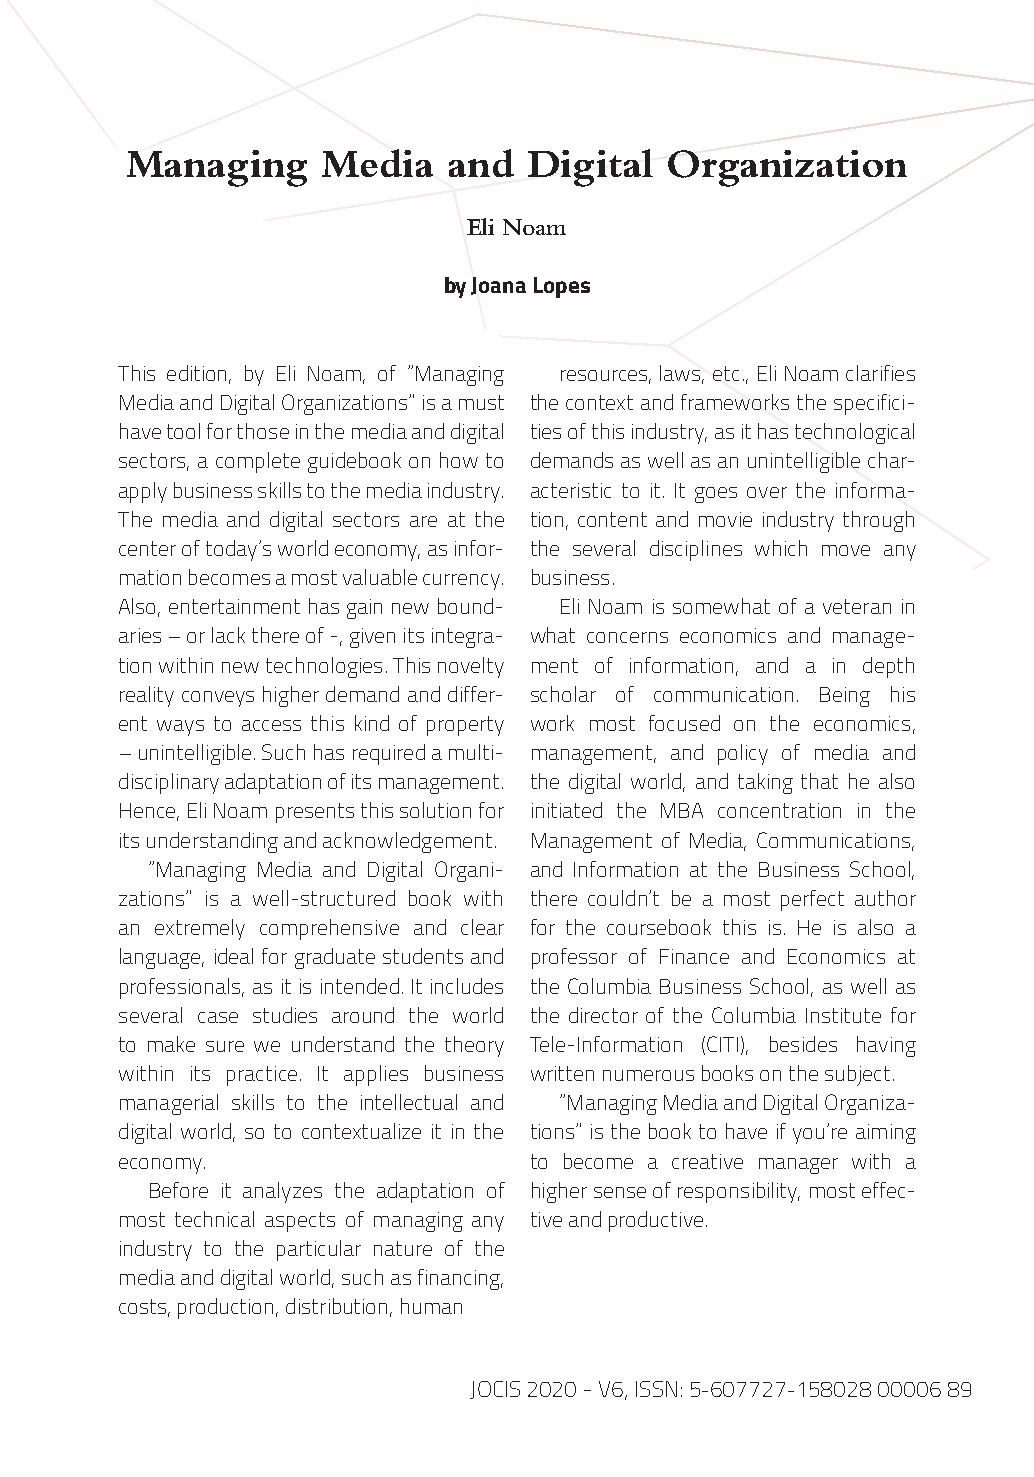
Managing     Media    and  Digital  Organization
 Eli Noam
 by Joana Lopes
 This edition, by Eli Noam, of “Managing resources, laws, etc., Eli Noam clarifies
 Media and Digital Organizations” is a must the context and frameworks the specifici-
 have tool for those in the media and digital ties of this industry, as it has technological
 sectors, a complete guidebook on how to demands as well as an unintelligible char-
 apply business skills to the media industry. acteristic to it. It goes over the informa-
 The media and digital sectors are at the tion, content and movie industry through
 center of today’s world economy, as infor- the several disciplines which move any
 mation becomes a most valuable currency. business.
 Also, entertainment has gain new bound- Eli Noam is somewhat of a veteran in
 aries – or lack there of -, given its integra- what concerns economics and manage-
 tion within new technologies. This novelty ment of information, and a in depth
 reality conveys higher demand and differ- scholar of communication. Being his
 ent ways to access this kind of property work most focused on the economics,
 – unintelligible. Such has required a multi- management, and policy of media and
 disciplinary adaptation of its management. the digital world, and taking that he also
 Hence, Eli Noam presents this solution for initiated the MBA concentration in the
 its understanding and acknowledgement. Management of Media, Communications,
 “Managing Media and Digital Organi- and Information at the Business School,
 zations” is a well-structured book with there couldn’t be a most perfect author
 an extremely comprehensive and clear for the coursebook this is. He is also a
 language, ideal for graduate students and professor of Finance and Economics at
 professionals, as it is intended. It includes the Columbia Business School, as well as
 several case studies around the world the director of the Columbia Institute for
 to make sure we understand the theory Tele-Information (CITI), besides having
 within its practice. It applies business written numerous books on the subject.
 managerial skills to the intellectual and “Managing Media and Digital Organiza-
 digital world, so to contextualize it in the tions” is the book to have if you’re aiming
 economy.                   to become a creative manager with a
 Before it analyzes the adaptation of higher sense of responsibility, most effec-
 most technical aspects of managing any tive and productive.
 industry to the particular nature of the
 media and digital world, such as financing,
 costs, production, distribution, human
 JOCIS 2020 - V6, ISSN: 5-607727-158028 00006 89